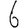
Digit: 6